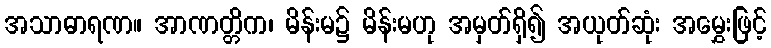
အသာဓာရဏ။ အာဏတ္တိက၊ မိန်းမ၌ မိန်းမဟု အမှတ်ရှိ၍ အယုတ်ဆုံး အမွှေးဖြင့်